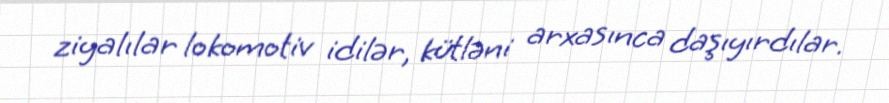
ziyalılar lokomotiv idilər, kütləni arxasınca daşıyırdılar.